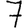
Digit: 7